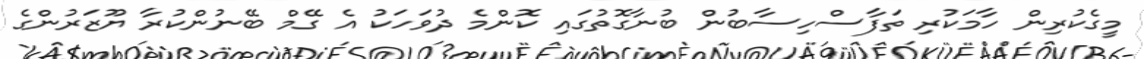
މީގެކުރިން ހާމަކުރި ތަފާސްހިސާބުން ބުނާގޮތުގައި ކޮންމެ ދުވަހަކު އެ ގޭމް ބޭނުންކުރާ ޔޫޒަރުންގެ